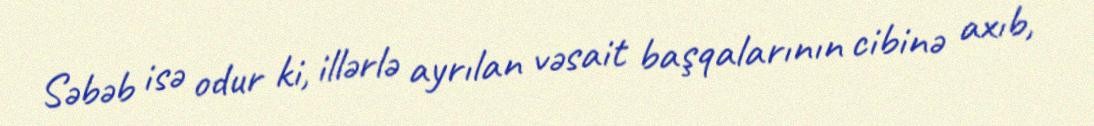
Səbəb isə odur ki, illərlə ayrılan vəsait başqalarının cibinə axıb,